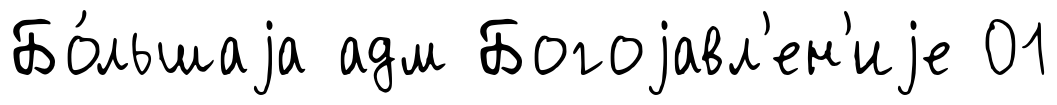
Бо́льшаjа адм Богоjавл'ен'иjе 01